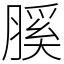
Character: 膎